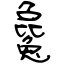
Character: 毚